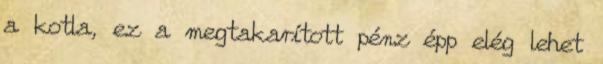
a kotla, ez a megtakarított pénz épp elég lehet